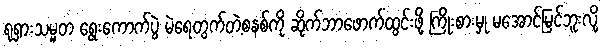
ရုရှားသမ္မတ ရွေးကောက်ပွဲ မဲရေတွက်တဲ့စနစ်ကို ဆိုက်ဘာဖောက်ထွင်းဖို့ ကြိုးစားမှု မအောင်မြင်ဘူးလို့